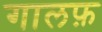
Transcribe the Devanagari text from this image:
गालफ़